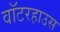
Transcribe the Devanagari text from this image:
वॉटरहाउस